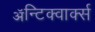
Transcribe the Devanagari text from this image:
ॲन्टिक्वार्क्स